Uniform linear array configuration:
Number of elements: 12
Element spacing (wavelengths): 0.25
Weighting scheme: exponential
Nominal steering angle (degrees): -30
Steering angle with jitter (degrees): -31.01
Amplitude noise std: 0.05
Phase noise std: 0.05

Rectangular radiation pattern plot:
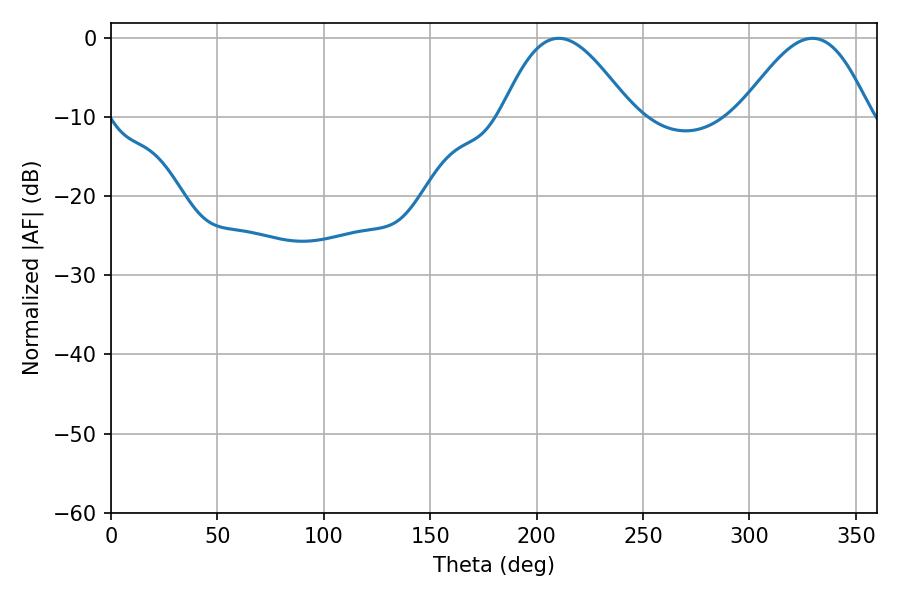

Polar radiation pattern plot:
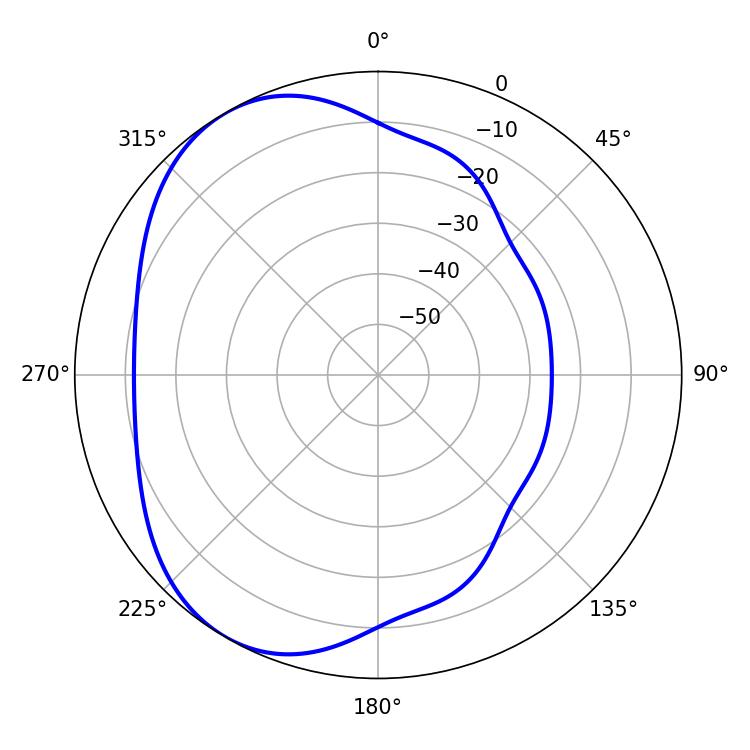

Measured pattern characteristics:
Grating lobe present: FALSE
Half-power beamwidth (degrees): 32.94
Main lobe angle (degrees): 210.42